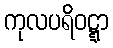
ကုလပရိဝဋ္ဋာ